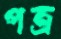
পত্র